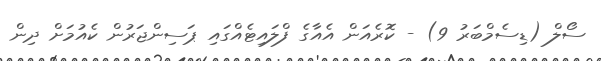
ސޯލް (ޑިސެމްބަރު 9) - ކޮރެއަން އެއާގެ ފްލައިޓެއްގައި ޕަސިންޖަރުން ކެއުމަށް ދިން